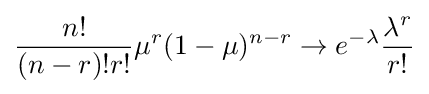
{\frac {n!}{(n-r)!r!}}\mu ^{r}(1-\mu )^{n-r}\rightarrow e^{-\lambda }{\frac {\lambda ^{r}}{r!}}